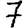
Digit: 7